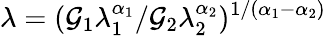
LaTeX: \lambda=(\mathcal{G}_{1}\lambda_{1}^{\alpha_{1}}/\mathcal{G}_{2}\lambda_{2}^{\alpha_{2}})^{1/(\alpha_{1}-\alpha_{2})}